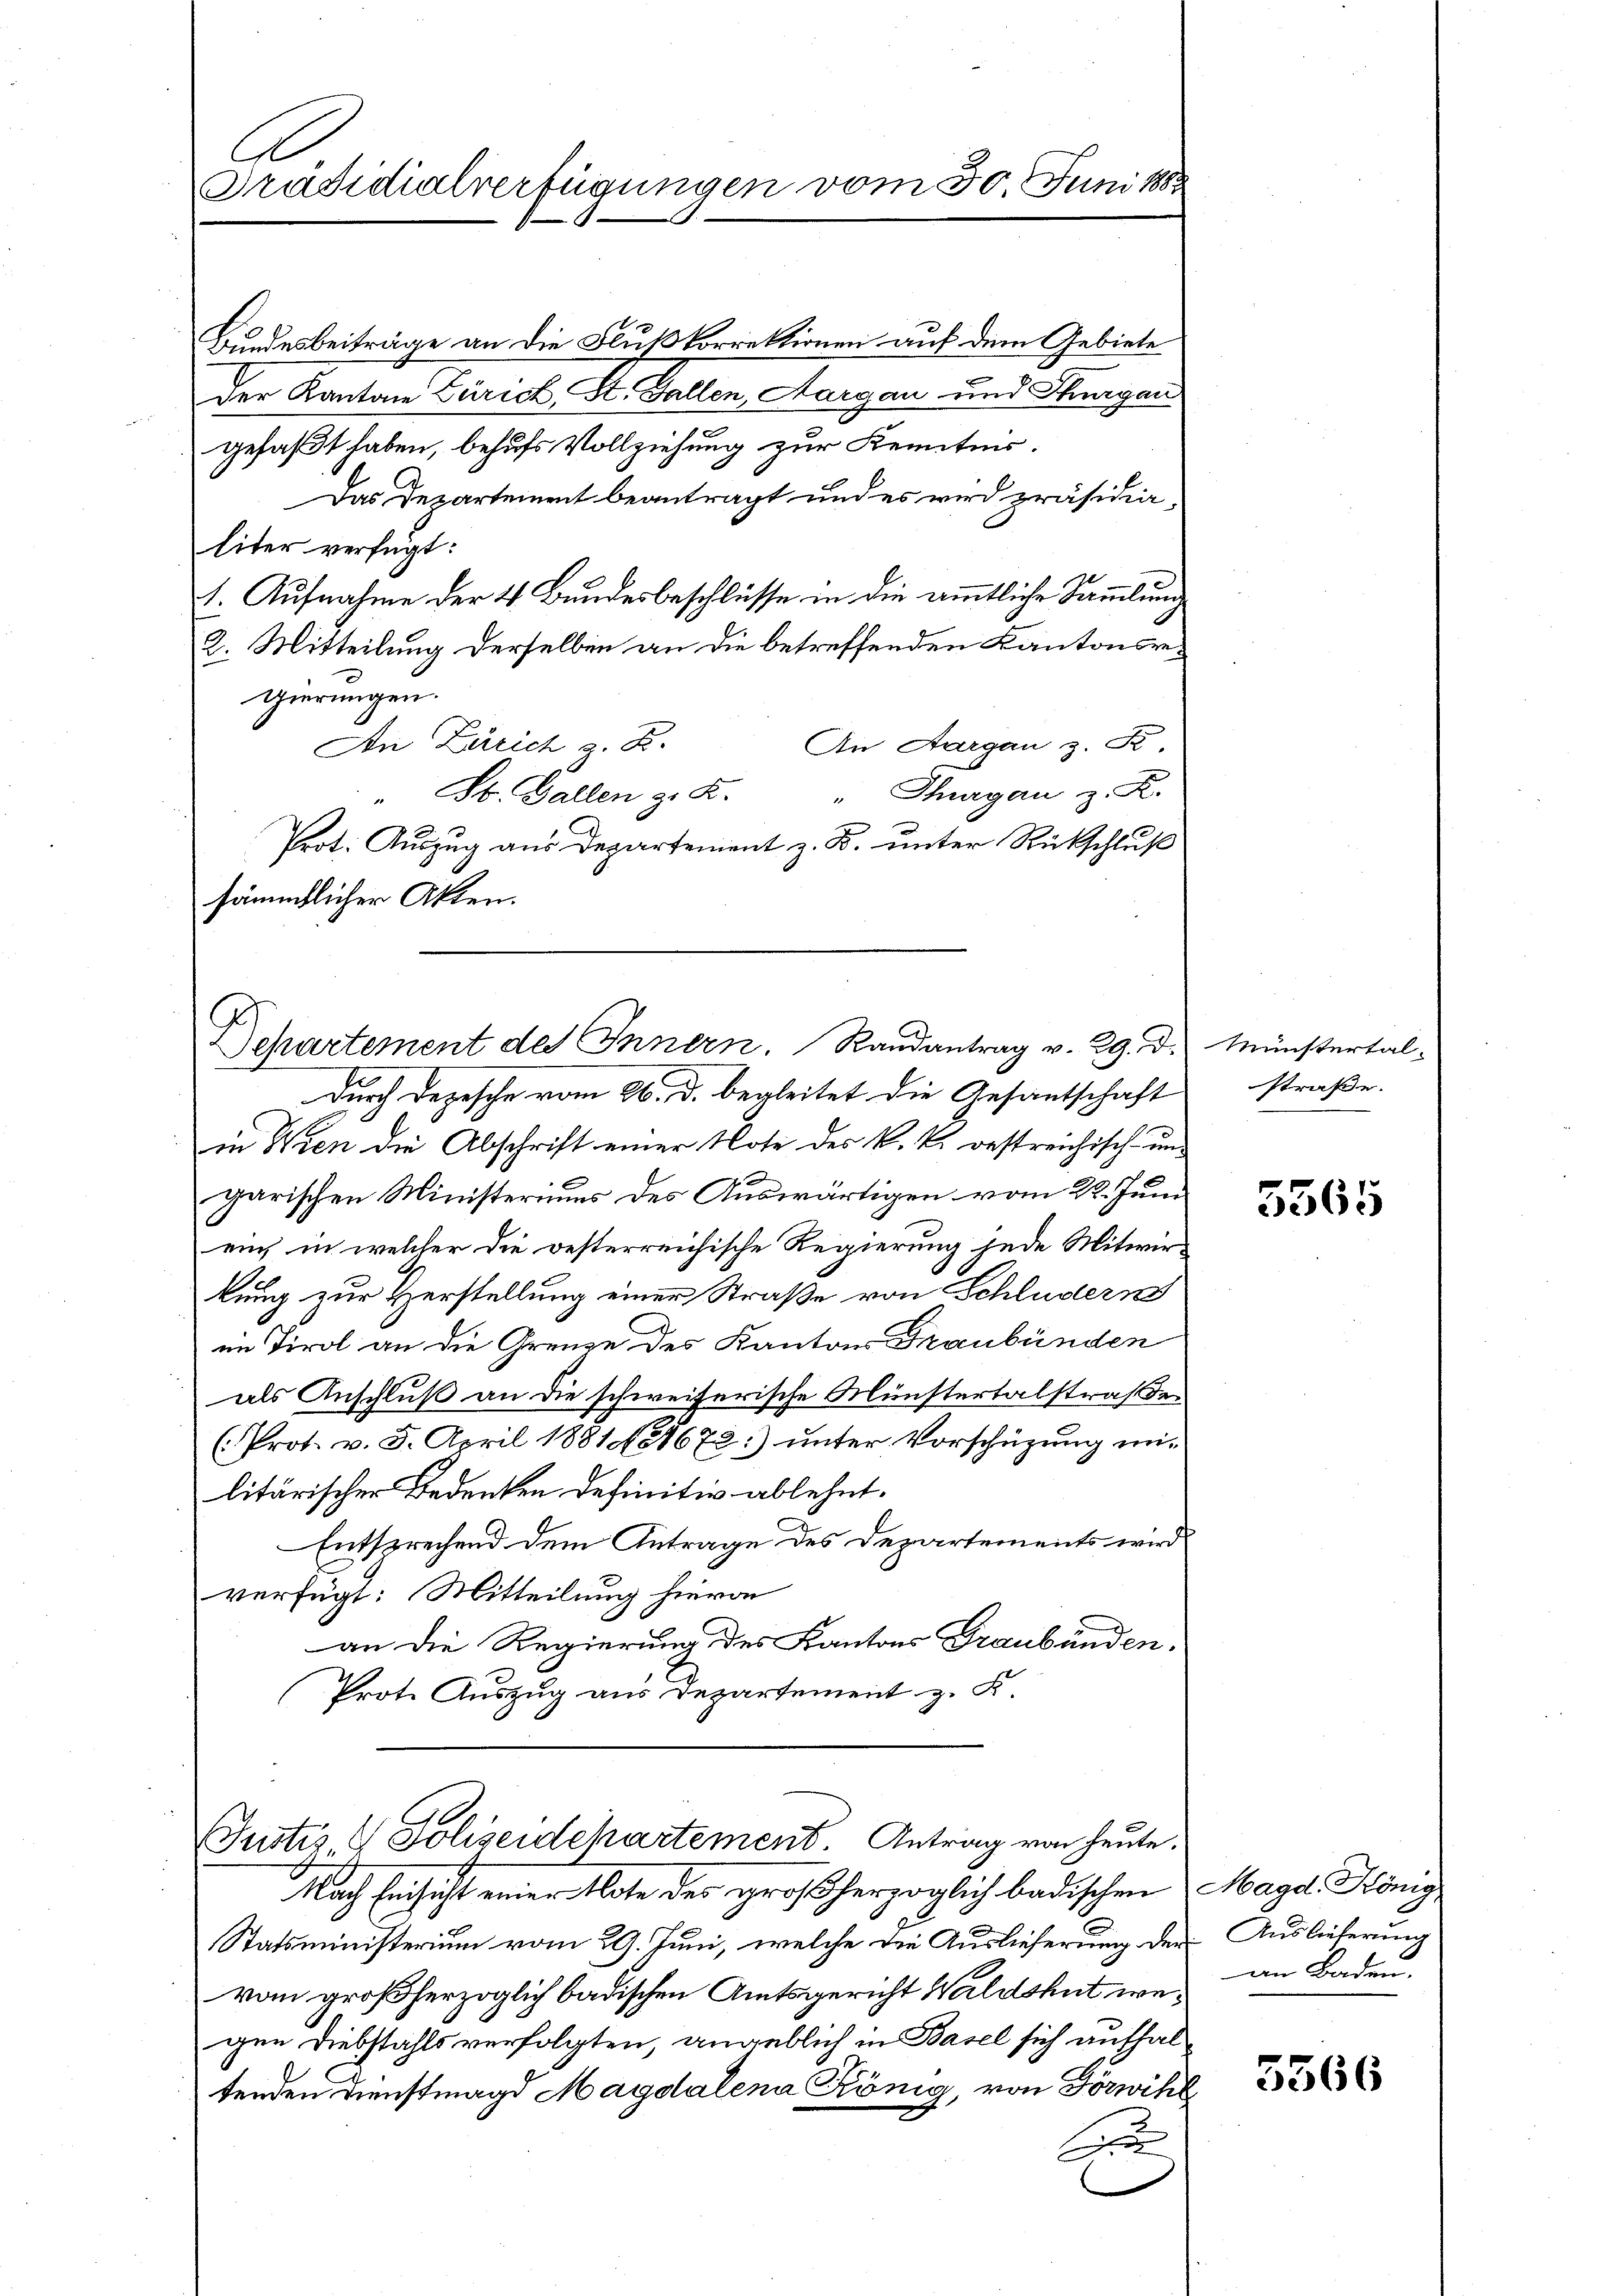
A
PPräsidialverfügungen vom 30. Juni

Bundesbeiträge an die Flußkorrektionen auf dem Gebiete
der Kanton Zürich St. Gallen Aargau und Sturgans
gefaßt haben, behufs Vollziehung zur Kenntnis.
Das Departement beantragt und es wird präsidia-
liter verfügt:
1. Aufnahme der 4. Bundesbeschlüsse in die ämmtliche Sammlung
2. Mitteilung derselben an die betreffenden Kantonsregierungen.
An Zürich z. B.
An Aargau z. S.
" Thurgau z. K.
" St. Gallen z. K.
Prot. Auszug aus Departement z. B. unter Rückschluß
sämmtlicher Akten.

Departement des Innern. Randantrag v. 29. d. Münstertal-

Durch Depesche vom 26. d. begleitet die Gesantschaft
in Wien die Abschrift einer Note des k. k. oestreichisch- und
garischen Ministeriums des Auswärtigen vom 22. Juni
ein, in welcher die oesterreichische Regierung jede Mitwirkung zur Herstellung einer Straße von Schludern
im Tirol an die Grenze des Kantons Graubünden
als Anschluß an die schweizerische Münstertalstraßen
(Prot. v. 5. April 1881 No 1672:) unter Vorschüzung mit
litärischer Bedenken definitiv ablehnt.
Entsprechend dem Antrage des Departements wird
verfügt: Mitteilung hievon
an die Regierung des Kantons Graubünden.
Prote Auszug aus Departement z. K.

Justiz- & Polizeidchartement. Antrag von heute.

Nach Einsicht einer Note des großherzoglich badischen Magd, König,
Statsministerium vom 29. Juni, welche die Auslieferung der Auslieferung
vom großherzoglich badischen Amtsgericht Waldshut wegen Diebstahls verfolgten, angeblich in Basel sich aufhaltenden Dienstmagd Magdalena König, von Förwihl
A

straße.

5565

an Baden.

5566